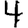
Digit: 4